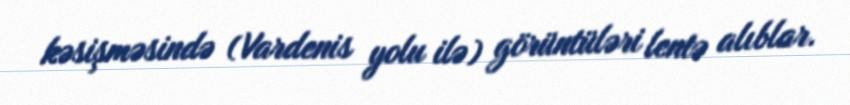
kəsişməsində (Vardenis yolu ilə) görüntüləri lentə alıblar.